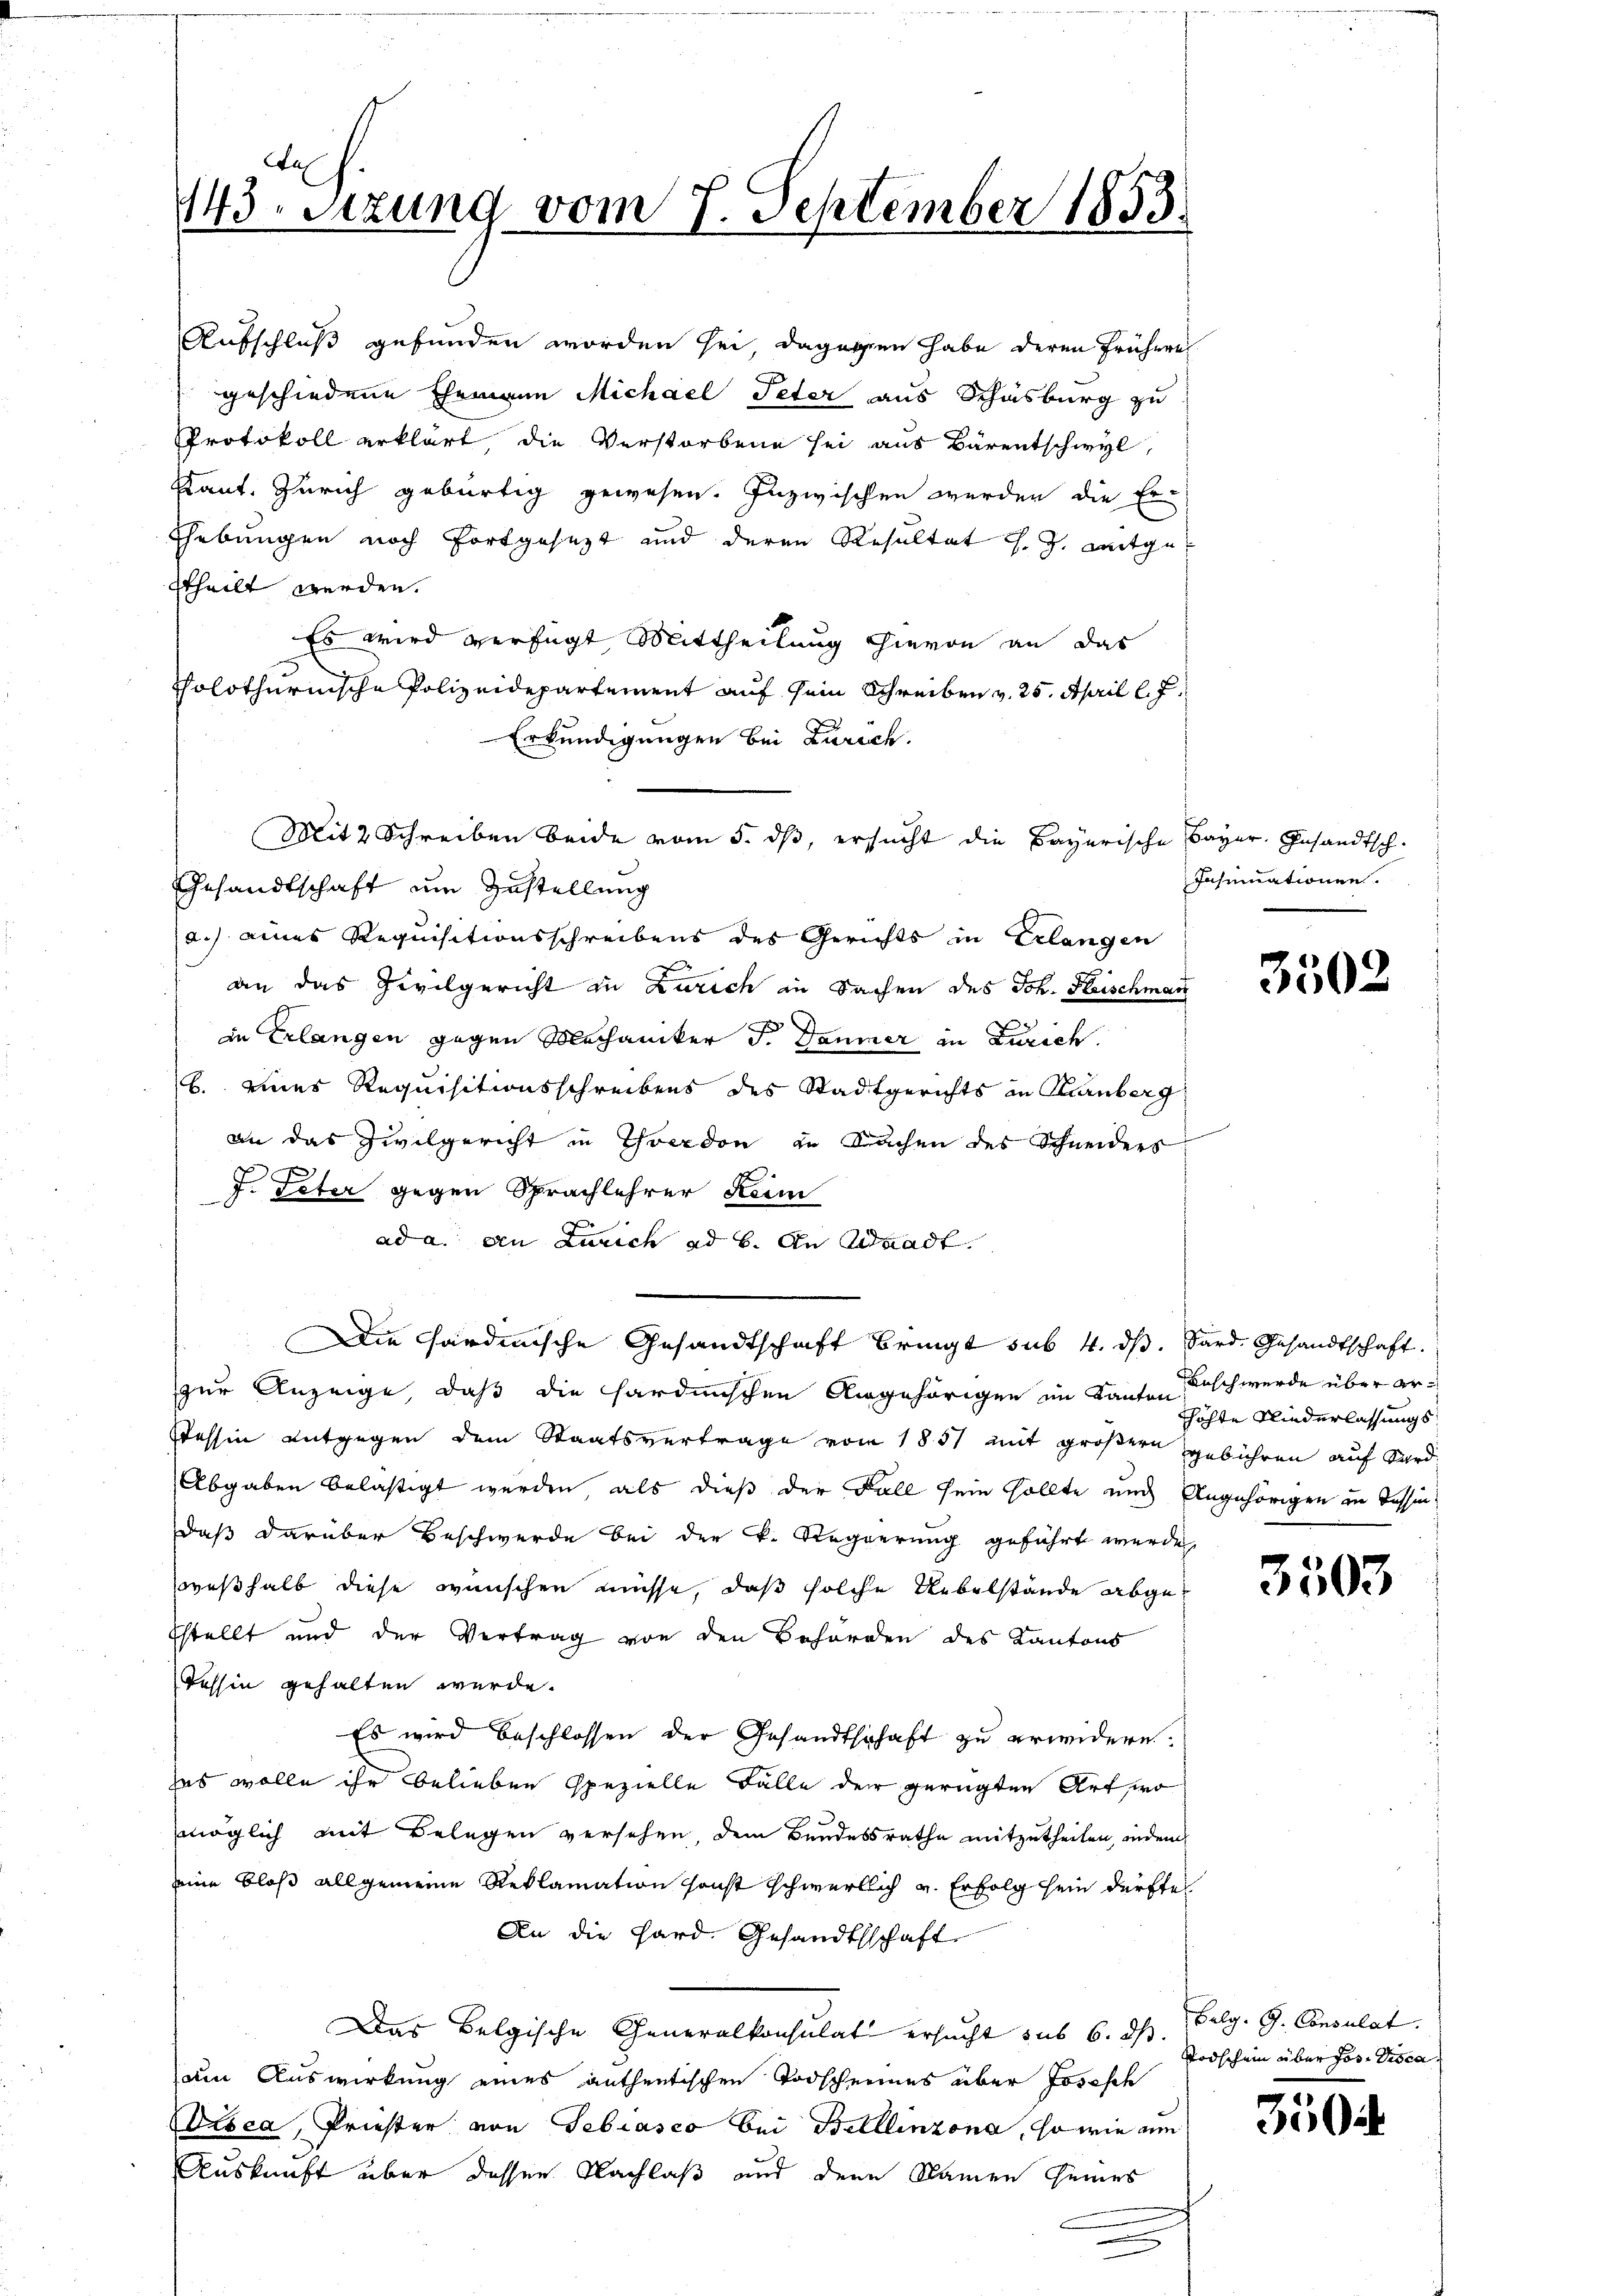
143. Sizung vom 7. September 1853.
s

Ehebungen noch fortgesezt und deren Resultat l. J. mitgettheilt werden.
Es wird verfügt, Mittheilung hievon an das
cholothurnische Polizeidepartement auf sein Schreiben v. 25. April l. J.
Erkundigungen bei Zürich.
Gesandtschaft um Zustellung
(a.) eines Requisitionsschreibens des Gerichts in Erlangen
an das Zivilgericht in Zürich in Sachen des Joh. Heischman
in Erlangen gegen Mechaniker J. Daumer in Zürich.
b. eines Requisitionsschreibens des Stadtgerichts in Karnberg
an das Zivilgericht in Yverdon zu Sachen des Schneiders
J. Peter gegen Sprachlehrer Keim
ad a. an Zürich ad b. An Waadt.
Die Sardinische Gesandtschaft bringt sub. 4. ds. Sard. Gesandtschaft.
zur Anzeige, daß die sardinischen Angehörigen im Kanton Tasch werde über er¬
Tessin entgegen dem Staatsvertrage vom 1857 mit größern gebühren auf Sard
Abgaben belästigt werden, als dieß der Fall sein sollte und Angehörigen in Tessin
daß darüber Beschwerde bei der K. Regierung geführt werde,
weßhalb diese wünschen müsse, daß solche Uebelstände abgesstellt und der Vertrag von den Behörden des Kantons
Tessin gehalten wurde.
Es wird beschlossen der Gesandtschaft zu erwidern.
es wolle ihr belieben spezielle Fälle der gerügten Art, wo
möglich mit Belegen versehen dem Bundesrathe mitzutheilen, indem
ine bloß allgemeine Reklamation sonst schwertlich u. Erfolg sein dürfte
An die Hard Gesandtschaft
Das Belgische Generalkonsulat ersucht sub 6. ds. Pelg. G. Consulat
um Auswirkung eines anthentischen Todscheines über Josesch
Drsca, Priester von Gebiasco bei Bellinzona, so wie am
Auskunft über dessen Nachlaß und den Namen seines
e

Aufschluß gefunden worden sei, dagegen habe deren frühere
geschiedene Ehemann Michael Peter aus Schasburg zu
Protokoll erklärt, die Verstorbene sei aus Bärentschwyl,
staut. Zürich gebürtig gewesen. Inzwischen werden die Er-

Mit 2 Schreiben beide vom 5. dß, ersucht die Bayerische Bayer. Gesandtsch.

Insinuationen.

3502

höhte Niederlassungs¬

3503

Todschein über Jos. Visca

3504